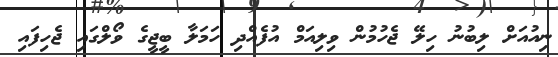
ނިއުއަށް ލިބުނު ހިލޭ ޖެހުމުން ވިލިއަމް އުފެއްދި ހަމަލާ ބީޖީގެ ވޯލްގައި ޖެހިފައި